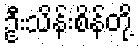
ဦးသိန်းစိန်တို့